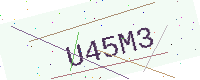
Text: U45M3